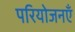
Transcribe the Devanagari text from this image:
परियोजनएँ